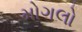
મોગલો